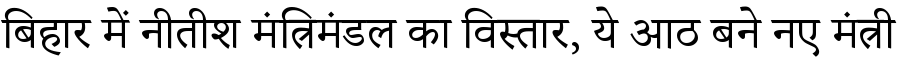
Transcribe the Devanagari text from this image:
बिहार में नीतीश मंत्रिमंडल का विस्तार, ये आठ बने नए मंत्री